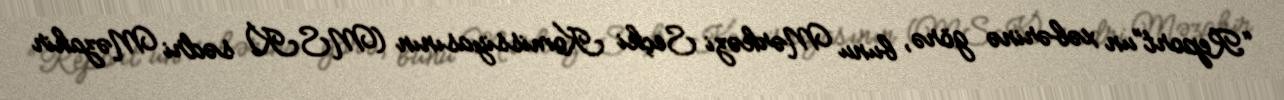
“Report”un xəbərinə görə, bunu Mərkəzi Seçki Komissiyasının (MSK) sədri Məzahir